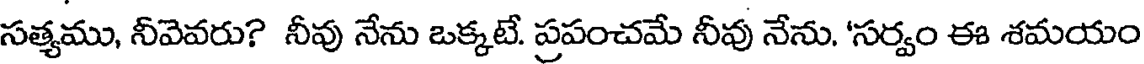
సత్యము, నీవెవరు? నీవు నేను ఒక్కటే. ప్రపంచమే నీవు నేను. 'సర్వం ఈ శమయం